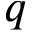
q